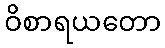
ဝိစာရယတော